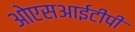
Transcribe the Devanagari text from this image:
ओएसआईटीपी